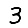
Digit: 3